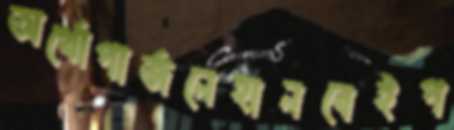
অর্থোপার্জনেহানবেইপ